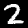
Label: 2